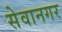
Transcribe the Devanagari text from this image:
सेवानगर